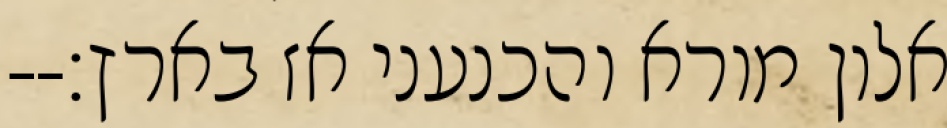
אלון מורא והכנעני אז בארץ׃--